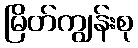
မြိတ်ကျွန်းစု